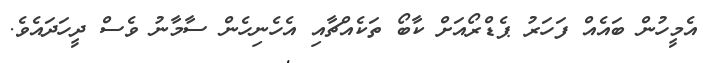
އެމީހުން ބައެއް ފަހަރު ޕެޑްރޯއަށް ކާބޯ ތަކެއްޗާއި އެހެނިހެން ސާމާނު ވެސް ދީހަދައެވެ.